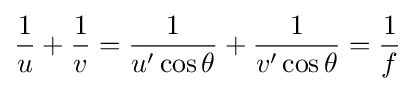
{\frac {1}{u}}+{\frac {1}{v}}={\frac {1}{u'\cos \theta }}+{\frac {1}{v'\cos \theta }}={\frac {1}{f}}